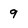
Character: 9